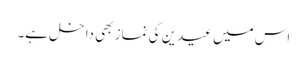
اس میں عیدین کی نماز بھی داخل ہے۔